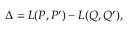
\Delta = L ( P , P ^ { \prime } ) - L ( Q , Q ^ { \prime } ) ,